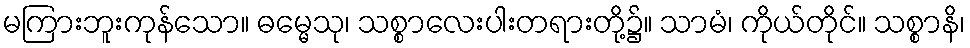
မကြားဘူးကုန်သော။ ဓမ္မေသု၊ သစ္စာလေးပါးတရားတို့၌။ သာမံ၊ ကိုယ်တိုင်။ သစ္စာနိ၊